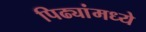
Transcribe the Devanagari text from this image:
पिढ्यांमध्ये